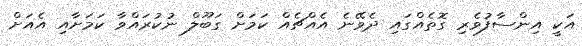
އަކީ އިންސާފުވެރި ގޮތެއްގައި ދެވޭނެ އެއްޗެއް ކަމަށް ގަބޫލް ނުކުރައްވާ ކަމަށާއި އެއަށް